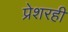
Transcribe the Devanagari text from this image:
प्रेशरही